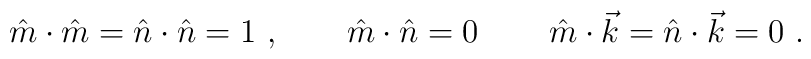
\hat{m}\cdot \hat{m}=\hat{n}\cdot \hat{n}=1\ ,\qquad \hat{m}\cdot \hat{n}=0\,\qquad \hat{m}\cdot \vec{k}=\hat{n}\cdot \vec{k}=0\ .